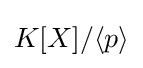
K[X]/\langle p\rangle